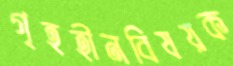
গৃহহীনবিষয়ক